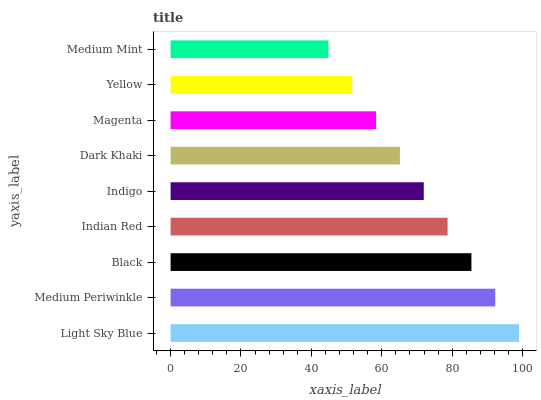
| yaxis_label | bars |
 | --- | --- |
 | Light Sky Blue | 99 |
 | Medium Periwinkle | 92.2 |
 | Black | 85.5 |
 | Indian Red | 78.7 |
 | Indigo | 71.9 |
 | Dark Khaki | 65.2 |
 | Magenta | 58.4 |
 | Yellow | 51.6 |
 | Medium Mint | 44.8 |